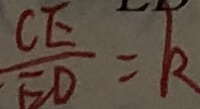
\frac { C E } { E D } = k